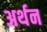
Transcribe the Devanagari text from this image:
अर्थन